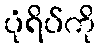
ပုံရိပ်ကို